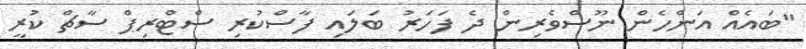
"ބައެއް އަންހެން ނޫސްވެރިން ދެ ފަހަރު ބަލައި ފާސްކުރި ސްޓްރިޕް ސާޗް ކުރީ